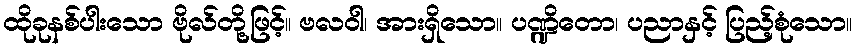
ထိုခုနစ်ပါးသော ဗိုလ်တို့ဖြင့်။ ဗလဝါ၊ အားရှိသော။ ပဏ္ဍိတော၊ ပညာနှင့် ပြည့်စုံသော။